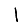
Digit: 1